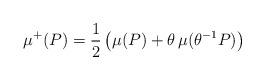
LaTeX: \begin{align*}\mu^+ (P) = \frac 1 2 \left( \mu (P) + \theta \, \mu (\theta^{-1} P) \right)\end{align*}